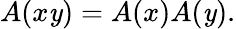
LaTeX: A(x\mathit{y})=A(x)A(\mathit{y}).